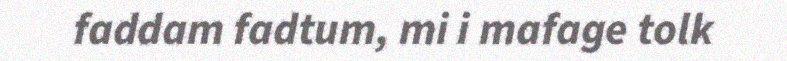
faddam fadtum, mi i mafage tolk